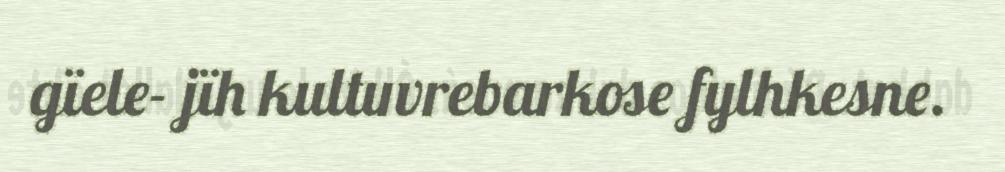
gïele- jïh kultuvrebarkose fylhkesne.